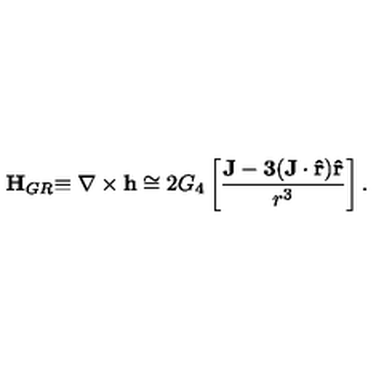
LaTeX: { \bf H } _ { G R } { \bf \equiv \nabla \times h } \cong 2 G _ { 4 } \left[ { \frac { \bf J - 3 ( { \bf J \cdot \hat { r } } ) { \bf \hat { r } } } { r ^ { 3 } } } \right] .